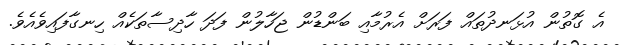
އެ ގޮތުން އުޅަނދުތައް ފަރަށް އެރުމާއި ބަންޑުން ޖަހާލުން ފަދަ ހާދިސާތަކެއް ހިނގާފައިވެއެވެ.